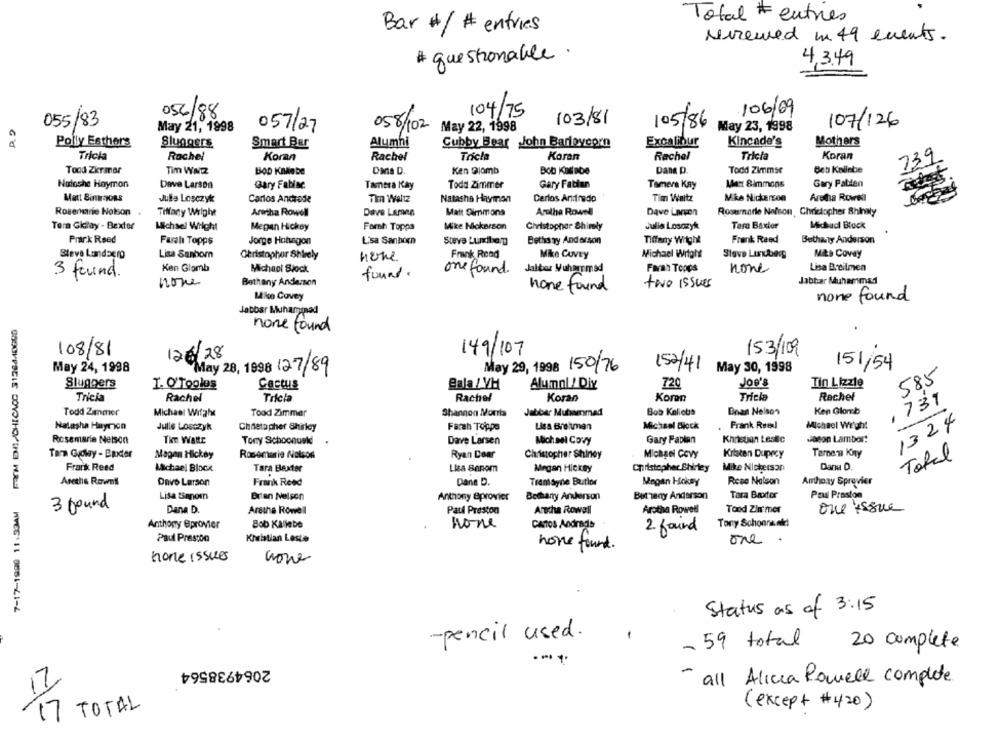
Total # entres
Bar #/ # entries
Ninewed in 49 events.
# questionable .
4.3.49
104/75
/06/09
056/88
22
055/83
058/102
/03/81
/05/86
May 23, 1998
107/126
May 21, 1998
057/27
May 22, 1998
Excalibur
Mothers
Polly Esthers
Sluggers
Smart Bar
Alumni
Cubby Bear John Barleycorn
Kincade's
Tricia
Rachel
Rachel
Trcla
Koran
Rachel
Tricia
Koran
739
Koran
Tood Zkrmar
Tim WALZ
BOD KBklebe
Ken Plomb
Bob Kallabe
Dans p.
Todd Zimmse
Beb Kaliebe
Data D.
Nuloshe Haymon
Dave Larson
Gary Fabiac.
Tamera Kay
Todd Zimmer
Gary Fabian
Tamera Kay
Matt Simmons
Gary Patden
Matt BinMORS
Julia Losczyk
Carlos Andrede
Tim Walz
Natasha Haymon
Carlos Andinado
Tim Waitz
Mike Nickerson
Aretha Rowel
Rosemarie Nolson
Tiffany Wright
Aretha Rowell
Dave Lemes
Matt Simmons
Aretha Rowell
Dave Larvon
Rosemarie Nelson , Christopher Shinaty
Tera Gklay - Bexter
Michael Wright
Megan Hickey
Forth Toppa
Mike Nickerson
Christopher Shirky
Julia Losozyk
Tara Boxlor
Michud Block
Frank Reed
Prank Rsed
Faralı Topps
Jorge Hotvagon
Lisa Sanborn
Steve Luxibey
Bethany Anderson
Tiffany Wright
Betharty Anderson
Frank Read
Michael Wright
Steve Landse10
Lisa Sanbom
Christopher Shirely
none
Mike CANEy
Steve Lundberg
Mits Covay
Ken Glamb
Michael Stock
Farah Topps
Lisa B.D.lmen
3 found.
found.
one found.
Jabber Muhammad
none
Bethany Anderson
Jabbar Muhammad
none
none found
two issues
14ko Covey
none found
Jabbar Muhammad
none found
108/81
126/28
149/107
153/109
May 24, 1998
May 28, 1998 127/89
May 29, 1998 150/76
152/41 May 30, 1998
151/54
585
Sluggers
T. O'Toplos
Cactus
Bala / V/H
Alumol / Div
720
Joe's
Tin Lizzie
Tricia
Rachel
Tricla
Rachel
Koran
Koren
Trick
Rachel
737
Todd Zimmer
Michael Wifghe
Tood Zimmer
Shannon Morris
Jabbar Muhammad
Bob Kaliobs
Bran Nelson
Ken Glomb
1324
Natasha Hayricon
Julie Losczyk
Chaetapher Shirley
Farah Toppo
Lisa Brotman
Michael Block
Frank Reed
Michael Wigh!
Rosemarie Nelson
The WaltE
Tony Schoonusk
Dave Larsen
Michael Covy
Gary Faplan
Khristian Lestlc
Jason Lambor!
Tamen Kny
Total
Magan Hickey
Rosemarie Nelson
Ryan Dear
Christopher Shiney
Michael Covy
Kristen Duprcy
Frank Reed
Michael Block
Tara Baxter
Lisa Sanom
Megan Hickey
Christopher Shirley
Mike Nickerson
Danu D.
Arethe Rowell
Davo Larson
Frank Reed
Dane D.
Tremayne Butler
Megan Hokay
Rese Nelson
Anthony Sprovier
Lisa Sanom
Brian Nelson
Anthony @provier
Bethany Anderson
Bethany Anderson
Tara Bruder
Paul Preston
3 found
Dana D.
Arethe Rowell
Paul Preston
Aracha Rowall
Arotha Rowell
Tond Zin'mer
one issue
Anthony @provier
Bob Kaliebe
none
Carros Andrade
Tony Schoons ekd!
2 found
Paul Preston
Kristian Leste
one
none found.
none issues
none
Status as of 3:15
-pencil used.
- 59 total
20 complete
2064938564
-
all Alicia Powell complete
17
(except #420)
17 TOTAL